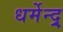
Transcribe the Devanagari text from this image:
धर्मेन्द्र्